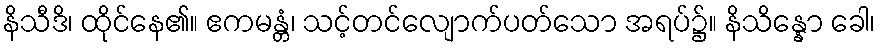
နိသီဒိ၊ ထိုင်နေ၏။ ဧကမန္တံ၊ သင့်တင်လျောက်ပတ်သော အရပ်၌။ နိသိန္နော ခေါ၊